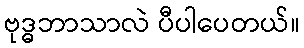
ဗုဒ္ဓဘာသာလဲ ပီပါပေတယ်။